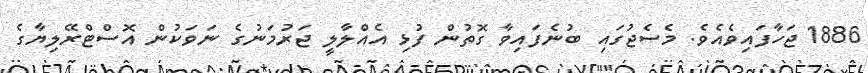
1886 ޖަހާފައިވެއެވެ. މެސެޖުގައި ބުނެފައިވާ ގޮތުން ފުޅި އެއްލާލީ ޖަރުމަނުގެ ނަވަކުން އޮސްޓްރޭލިޔާގެ